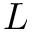
L